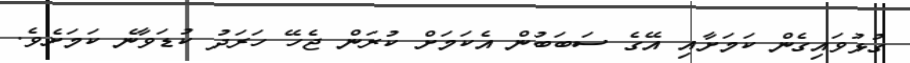
ގުޅުވައިގެން ކަމަށާއި އޭގެ ސަބަބުން އެކަމަށް ކުރަން ޖެހޭ ހަރަދު ކުޑަވާނެ ކަމަށެވެ.